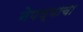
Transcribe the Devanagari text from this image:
नेपथ्याचा